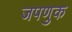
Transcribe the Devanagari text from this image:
जपणुक